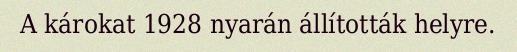
A károkat 1928 nyarán állították helyre.